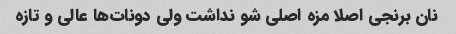
نان برنجی اصلا مزه اصلی شو نداشت ولی دونات‌ها عالی و تازه